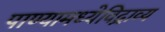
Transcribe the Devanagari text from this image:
पाण्यामध्येविद्राव्य